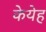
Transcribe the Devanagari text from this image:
केयेह